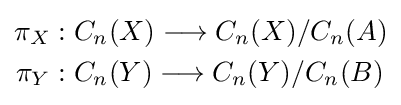
{\begin{aligned}\pi _{X}&:C_{n}(X)\longrightarrow C_{n}(X)/C_{n}(A)\\\pi _{Y}&:C_{n}(Y)\longrightarrow C_{n}(Y)/C_{n}(B)\\\end{aligned}}